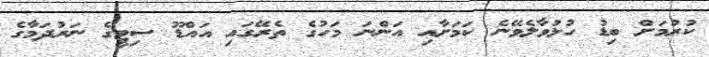
ކުރުމަށް ބިޑު ހުޅުވާލެވޭނެ ކަމަށާއި އަންނަ މަހުގެ ތެރޭގައި އައްޑޫ ސިޓީގެ ނަރުދަމާގެ